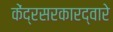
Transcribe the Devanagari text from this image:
केंद्रसरकारद्वारे